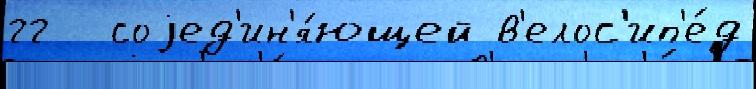
гг  соjед'ин'я́ющей в'елос'ип'е́д